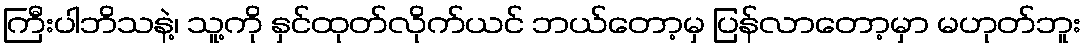
ကြီးပါဘိသနဲ့၊ သူ့ကို နှင်ထုတ်လိုက်ယင် ဘယ်တော့မှ ပြန်လာတော့မှာ မဟုတ်ဘူး